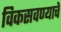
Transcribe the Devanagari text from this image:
विकसवण्याचे